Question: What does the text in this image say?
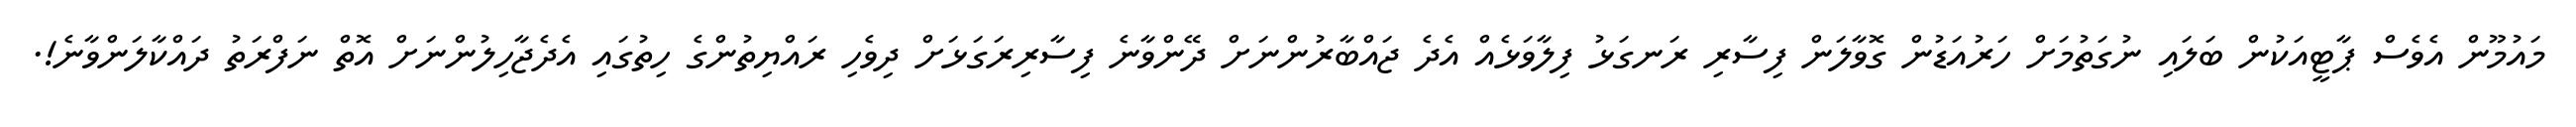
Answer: މައުމޫން އެވެސް ޕާޓީއަކުން ބަލައި ނުގަތުމަށް ހަރުއަޑުން ގޮވާލަން ފިސާރި ރަނގަޅު ފިލާވަޅެއް އެދެ ޖައްބާރުންނަށް ދޭންވާނެ ފިސާރިރަގަޅަށް ދިވެހި ރައްޔިތުންގެ ހިތުގައި އެދެޖާހިލުންނަށް އޮތް ނަފްރަތު ދައްކާލަންވާނެ!.